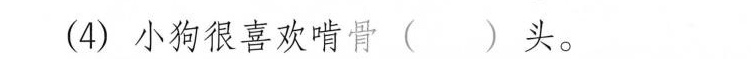
(4)小狗很喜欢啃骨( )头。